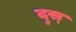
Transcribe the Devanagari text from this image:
दुस्‌